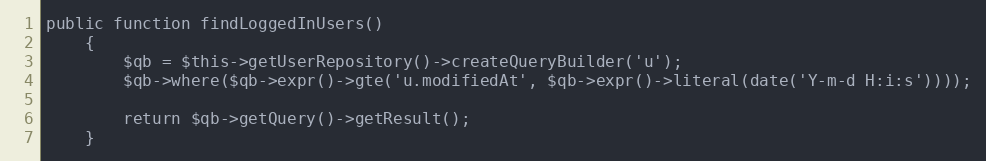
Language: PHP
public function findLoggedInUsers()
    {
        $qb = $this->getUserRepository()->createQueryBuilder('u');
        $qb->where($qb->expr()->gte('u.modifiedAt', $qb->expr()->literal(date('Y-m-d H:i:s'))));

        return $qb->getQuery()->getResult();
    }